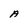
Character: A